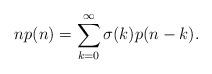
LaTeX: \begin{align*} np(n) &=\sum_{k=0}^\infty \sigma(k) p(n-k).\end{align*}